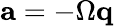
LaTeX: \mathbf a=-\Omega\mathbf q